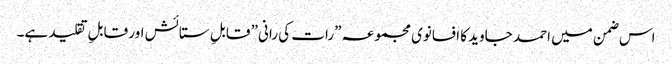
اس ضمن میں احمد جاوید کا افسانوی مجموعہ ”رات کی رانی” قابلِ ستائش اور قابلِ تقلید ہے۔